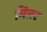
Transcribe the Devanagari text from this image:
मितर